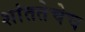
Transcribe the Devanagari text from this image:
शांततेचेच